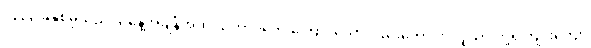
၁၃၃၃ ခုနှစ်မှသည် ယနေ့အချိန်အထိ သဘာဝဘေးကြောင့်သော်လည်းကောင်း၊ လူသားတို့ရဲ့ကျူးကျော်